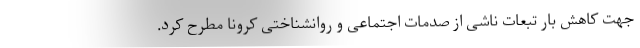
جهت کاهش بار تبعات ناشی از صدمات اجتماعی و روانشناختی کرونا مطرح کرد.